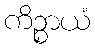
ကိဉ္စာယံ